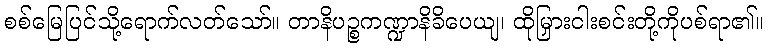
စစ်မြေပြင်သို့ရောက်လတ်သော်။ တာနိပဉ္စကဏ္ဍာနိခိပေယျ၊ ထိုမြှားငါးစင်းတို့ကိုပစ်ရာ၏။